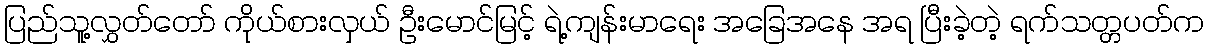
ပြည်သူ့လွှတ်တော် ကိုယ်စားလှယ် ဦးမောင်မြင့် ရဲ့ကျန်းမာရေး အခြေအနေ အရ ပြီးခဲ့တဲ့ ရက်သတ္တပတ်က